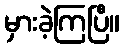
မှားခဲ့ကြပြီ။